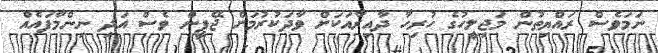
ނަމަވެސް ރައްޔިތުން މަޖިލީހުގެ ހުރިހާ ދާއިރާއަކަށް ވާދަކުރުމަށް ޖޭޕީން ވެސް އަދި ނިންމާފައެއް